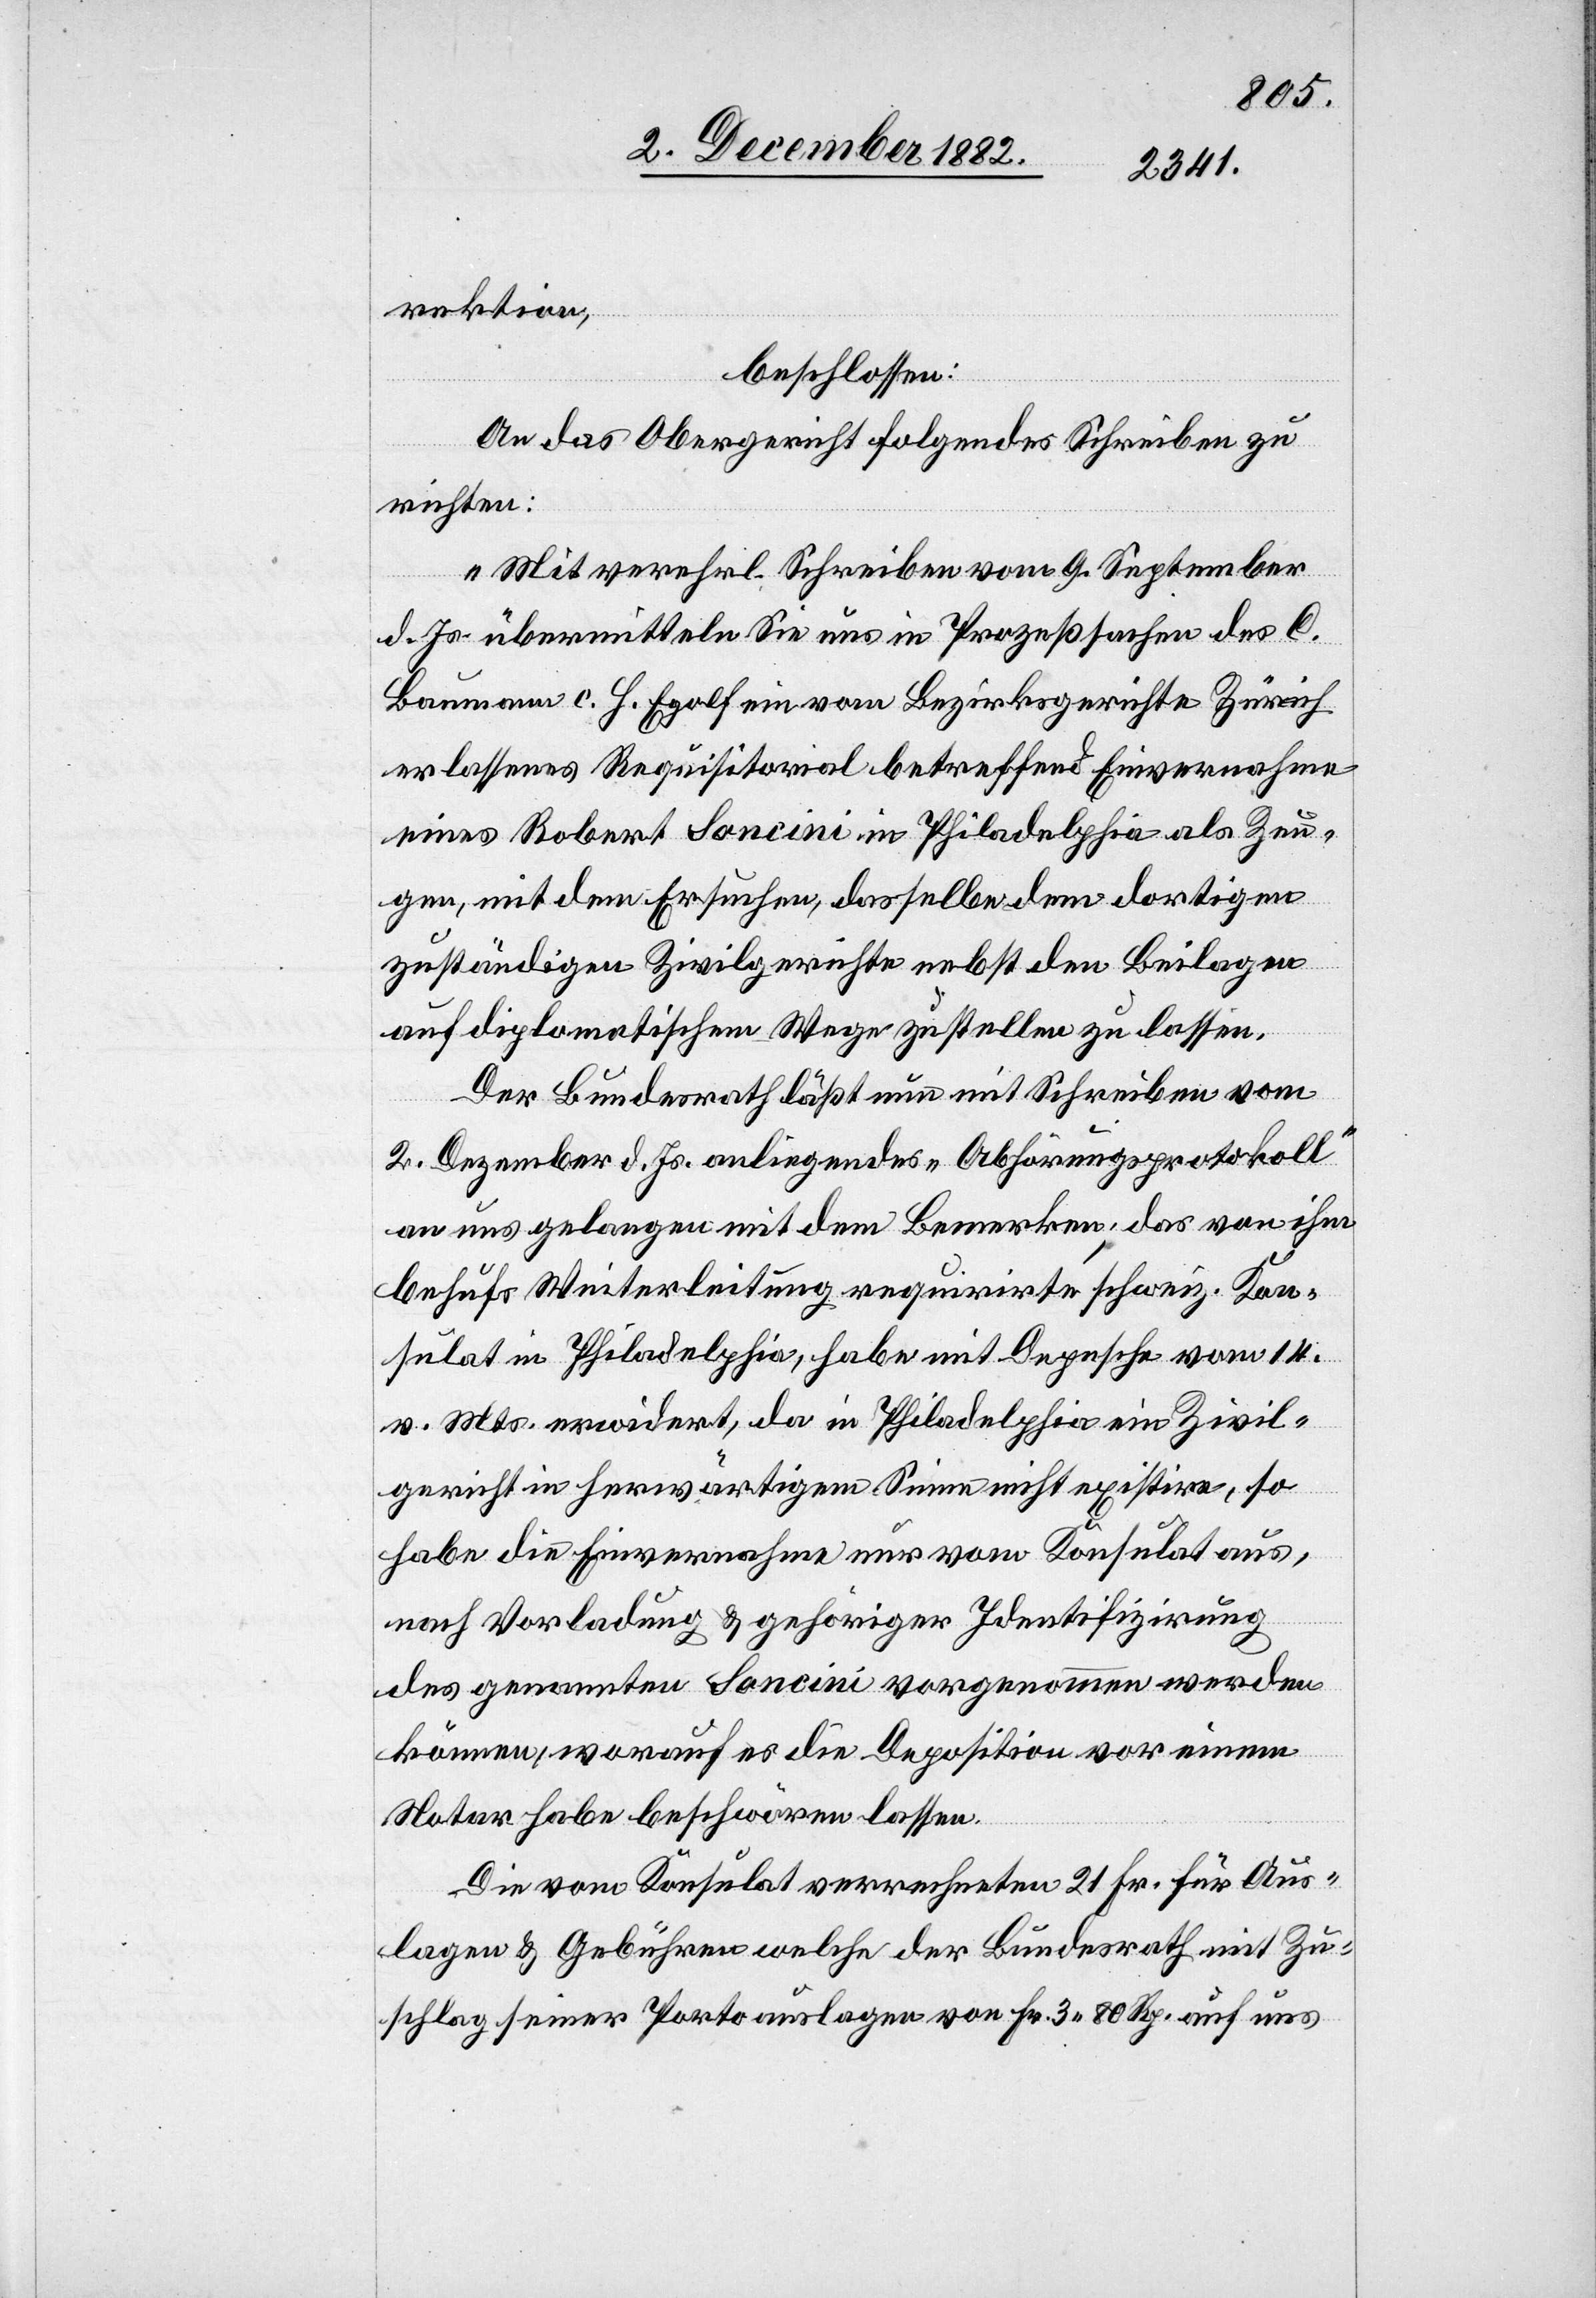
rektion,
beschlossen:
An das Obergericht folgendes Schreiben zu
richten:
„Mit verehrl. Schreiben vom 9. September
d. Js. übermitteln Sie uns in Prozeßsachen des C.
Baumann c. H. Egolf ein vom Bezirksgerichte Zürich
erlassenes Requisitorial betreffend Einvernahme
eines Robert Soncini in Philadelphia als Zeu¬
gen, mit dem Ersuchen, dasselbe dem dortigen
zuständigen Zivilgerichte nebst den Beilagen
auf diplomatischem Wege zustellen zu lassen.
Der Bundesrath läßt nun mit Schreiben vom
2. Dezember d. Js. anliegendes „Abhörungsprotokoll“
an uns gelangen mit dem Bemerken, das von ihm
behufs Weiterleitung requirirte schweiz. Kon¬
sulat in Philadelphia, habe mit Depesche vom 14.
vor. Mts. erwidert, da in Philadelphia ein Zivil¬
gericht in herwärtigem Sinne nicht existire, so
habe die Einvernahme nur vom Konsulat aus,
nach Vorladung & gehöriger Identifizirung
des genannten Soncini vorgenommen werden
können, worauf es die Deposition vor einem
Notar habe beschwören lassen.
Die vom Konsulat verrechneten 21. Fr. für Aus¬
lagen & Gebühren welche der Bundesrath mit Zu¬
schlag seiner Portoauslagen von Fr. 3 80 Rp. auf uns